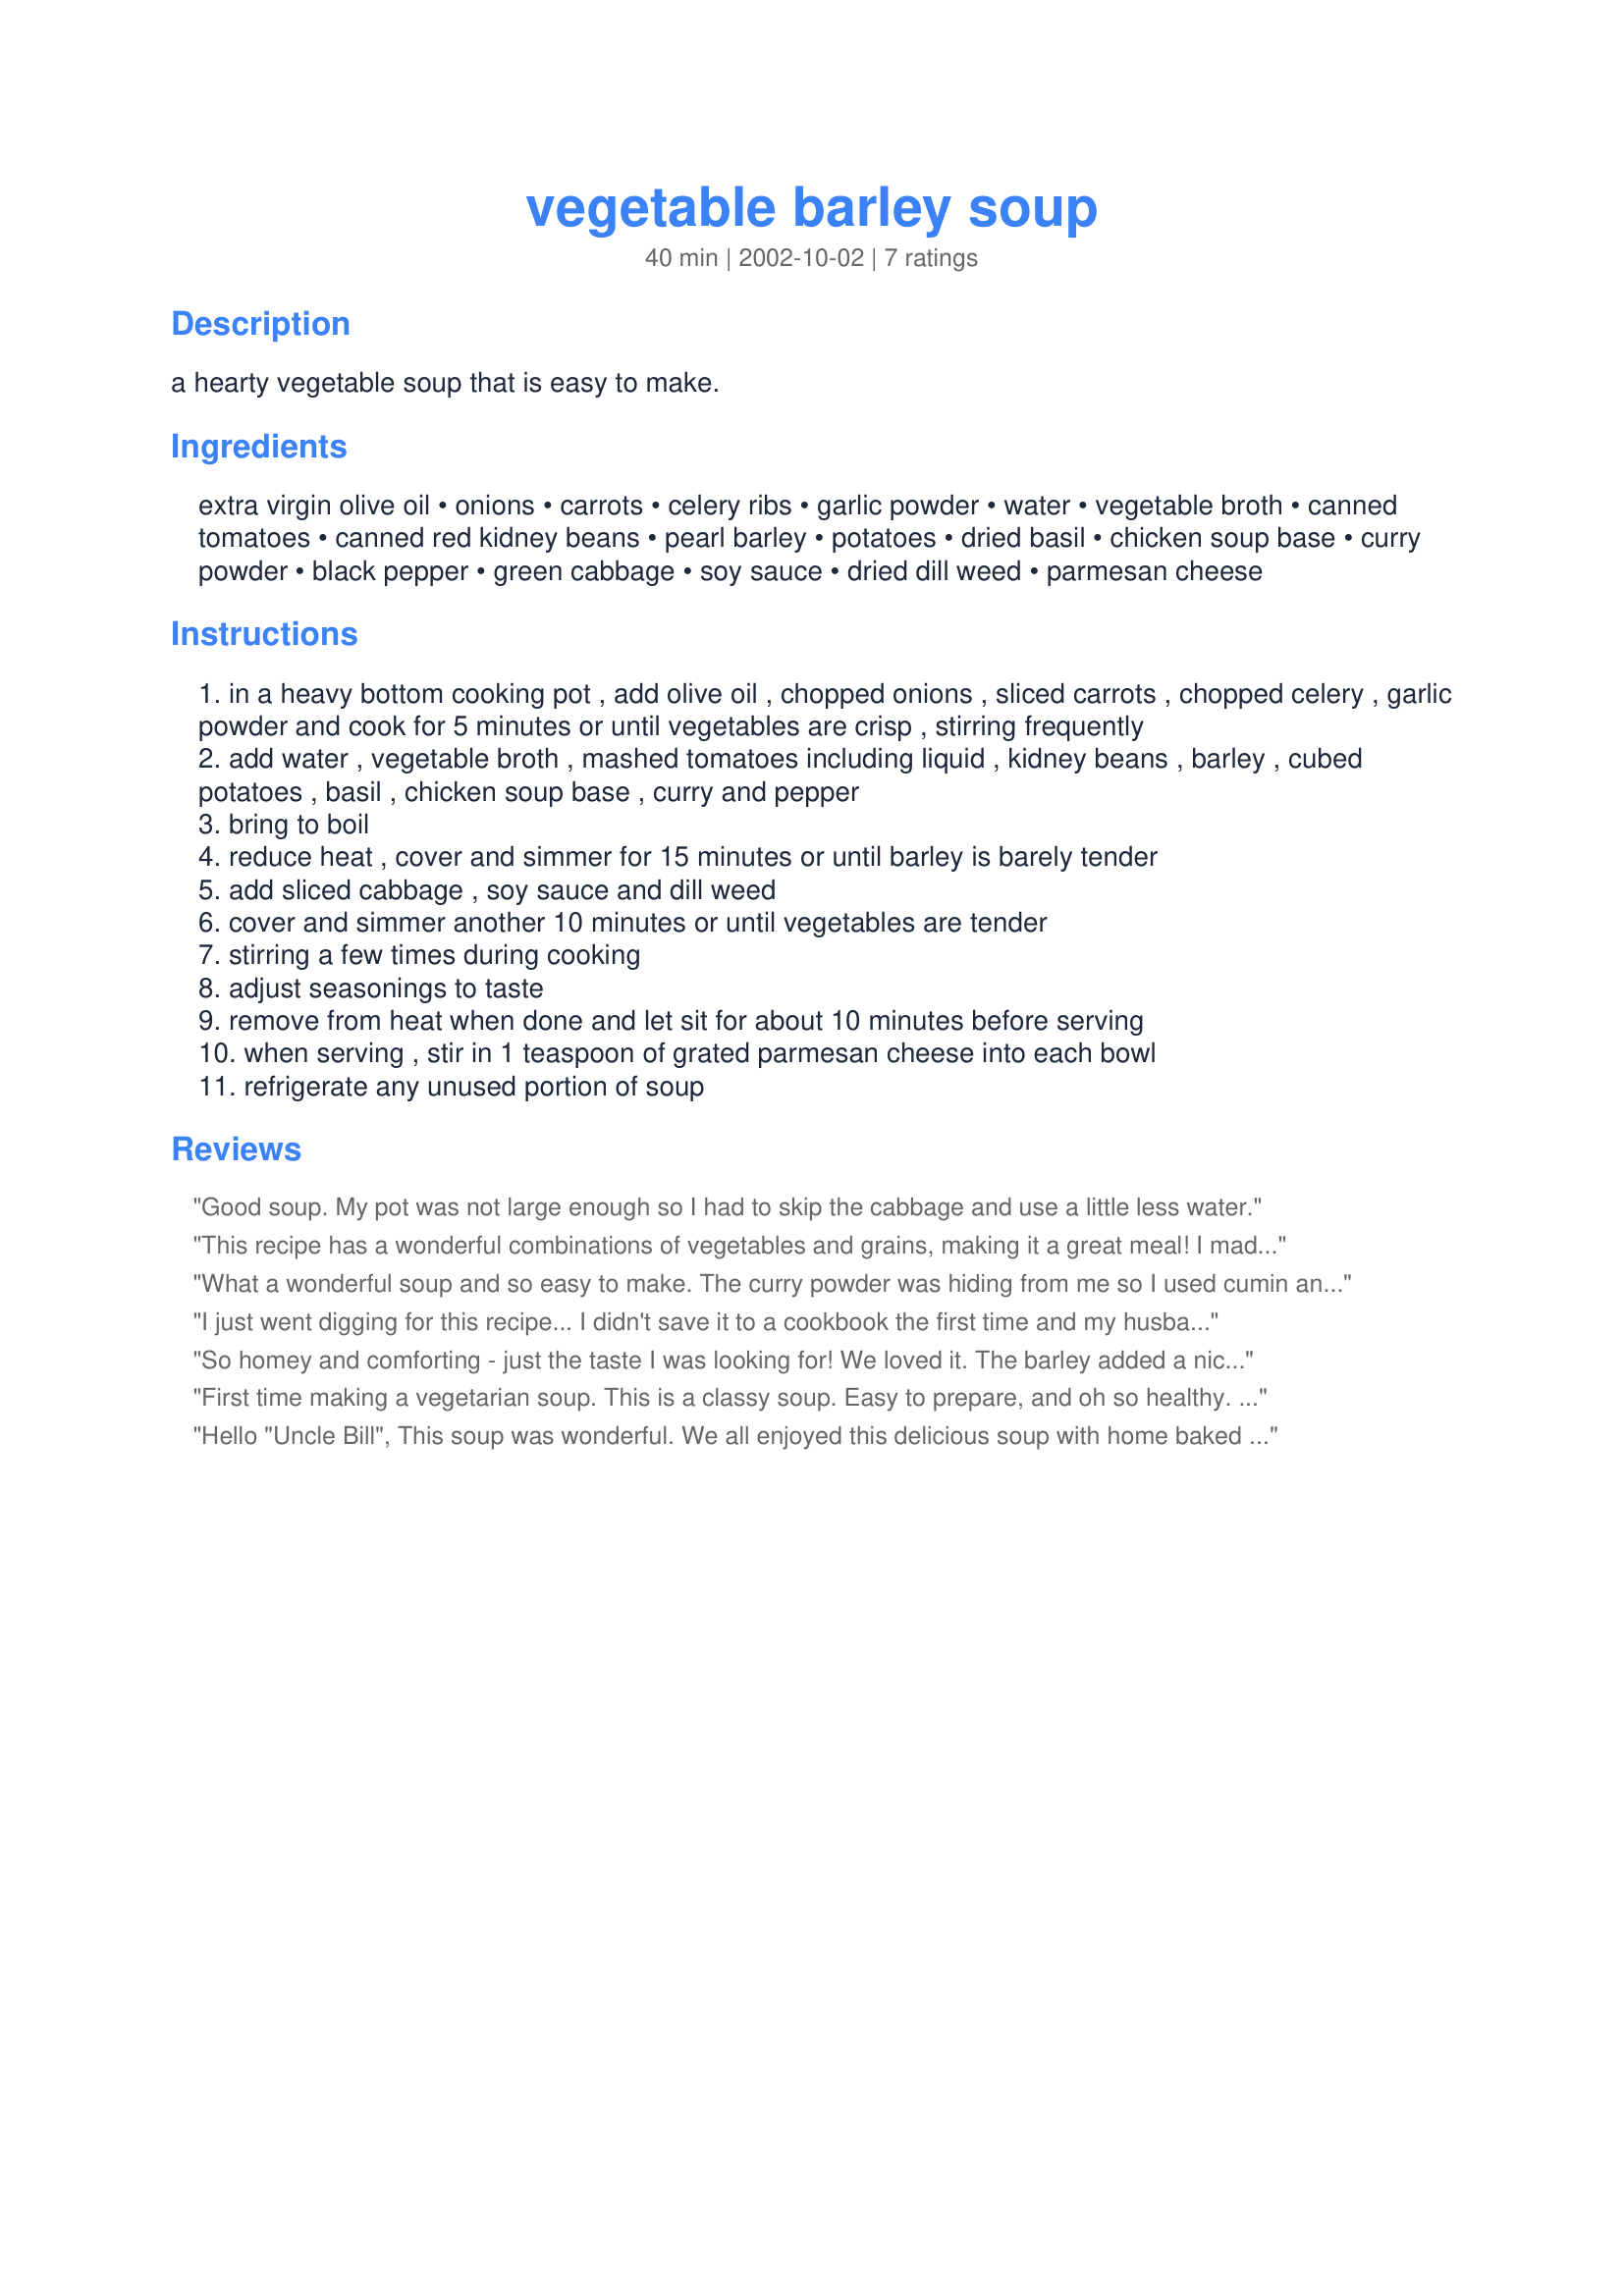
vegetable barley soup
Preparation time: 40 minutes

a hearty vegetable soup that is easy to make.

Ingredients:
extra virgin olive oil, onions, carrots, celery ribs, garlic powder, water, vegetable broth, canned tomatoes, canned red kidney beans, pearl barley, potatoes, dried basil, chicken soup base, curry powder, black pepper, green cabbage, soy sauce, dried dill weed, parmesan cheese

Steps:
in a heavy bottom cooking pot , add olive oil , chopped onions , sliced carrots , chopped celery , garlic powder and cook for 5 minutes or until vegetables are crisp , stirring frequently
add water , vegetable broth , mashed tomatoes including liquid , kidney beans , barley , cubed potatoes , basil , chicken soup base , curry and pepper
bring to boil
reduce heat , cover and simmer for 15 minutes or until barley is barely tender
add sliced cabbage , soy sauce and dill weed
cover and simmer another 10 minutes or until vegetables are tender
stirring a few times during cooking
adjust seasonings to taste
remove from heat when done and let sit for about 10 minutes before serving
when serving , stir in 1 teaspoon of grated parmesan cheese into each bowl
refrigerate any unused portion of soup

Reviews:
Good soup. My pot was not large enough so I had to skip the cabbage and use a little less water.
This recipe has a wonderful combinations of vegetables and grains, making it a great meal! I made as is except to reduce the sodium I used no salt added tomotes and tomatoes, and did not add parmesean cheese (whichis high in sodium. I will definately be making this again!
What a wonderful soup and so easy to make. The curry powder was hiding from me so I used cumin and it was gorgeous. Thanks Uncle Bill.

Lucy Scotland
I just went digging for this recipe... I didn't save it to a cookbook the first time and my husband has requested it again! It was delicious and made a TON of soup! The '24 servings' is no exaggeration! I barely fit the cabbage in the pot. This made enough soup for my husband & I & the coworker we shared with to enjoy throughout the week. The dill adds a wonderful & remarkable flavor - don't skip out on it!
So homey and comforting - just the taste I was looking for! We loved it. The barley added a nice toothy texture. I may tinker with it a bit and try homemade noodles instead of the barley sometimes, just for a change. Thanks!
First time making a vegetarian soup. This is a classy soup. Easy to prepare, and oh so healthy. Great with a piece of whole grain bread. The curry gives it a nice little tangy taste - not overpowering, and the dill is sublime. Will be making this again and agian this winter. Thanks again Uncle Bill!
Hello "Uncle Bill",
This soup was wonderful. We all enjoyed this delicious soup with home baked bread and butter. Anyone who tries this soup will never buy canned soup again. For dessert, I served your "Uncle Bill's Whipped Shortbread Cookies". Thank you for posting your wonderful recipes.
Lois
